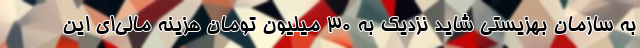
به سازمان بهزیستی شاید نزدیک به ۳۰ میلیون تومان هزینه مالی‌ای این